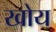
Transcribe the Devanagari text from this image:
खोय